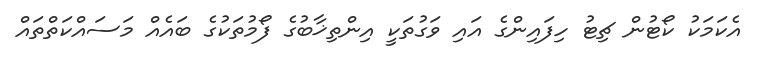
އެކަމަކު ކޯޓުން ޗިޓު ހިފައިންގެ އައި ވަގުތަކީ އިންތިޚާބުގެ ފޯމުތަކުގެ ބައެއް މަސައްކަތްތައް